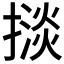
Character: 𢴗